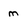
Character: m